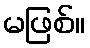
မဖြစ်။